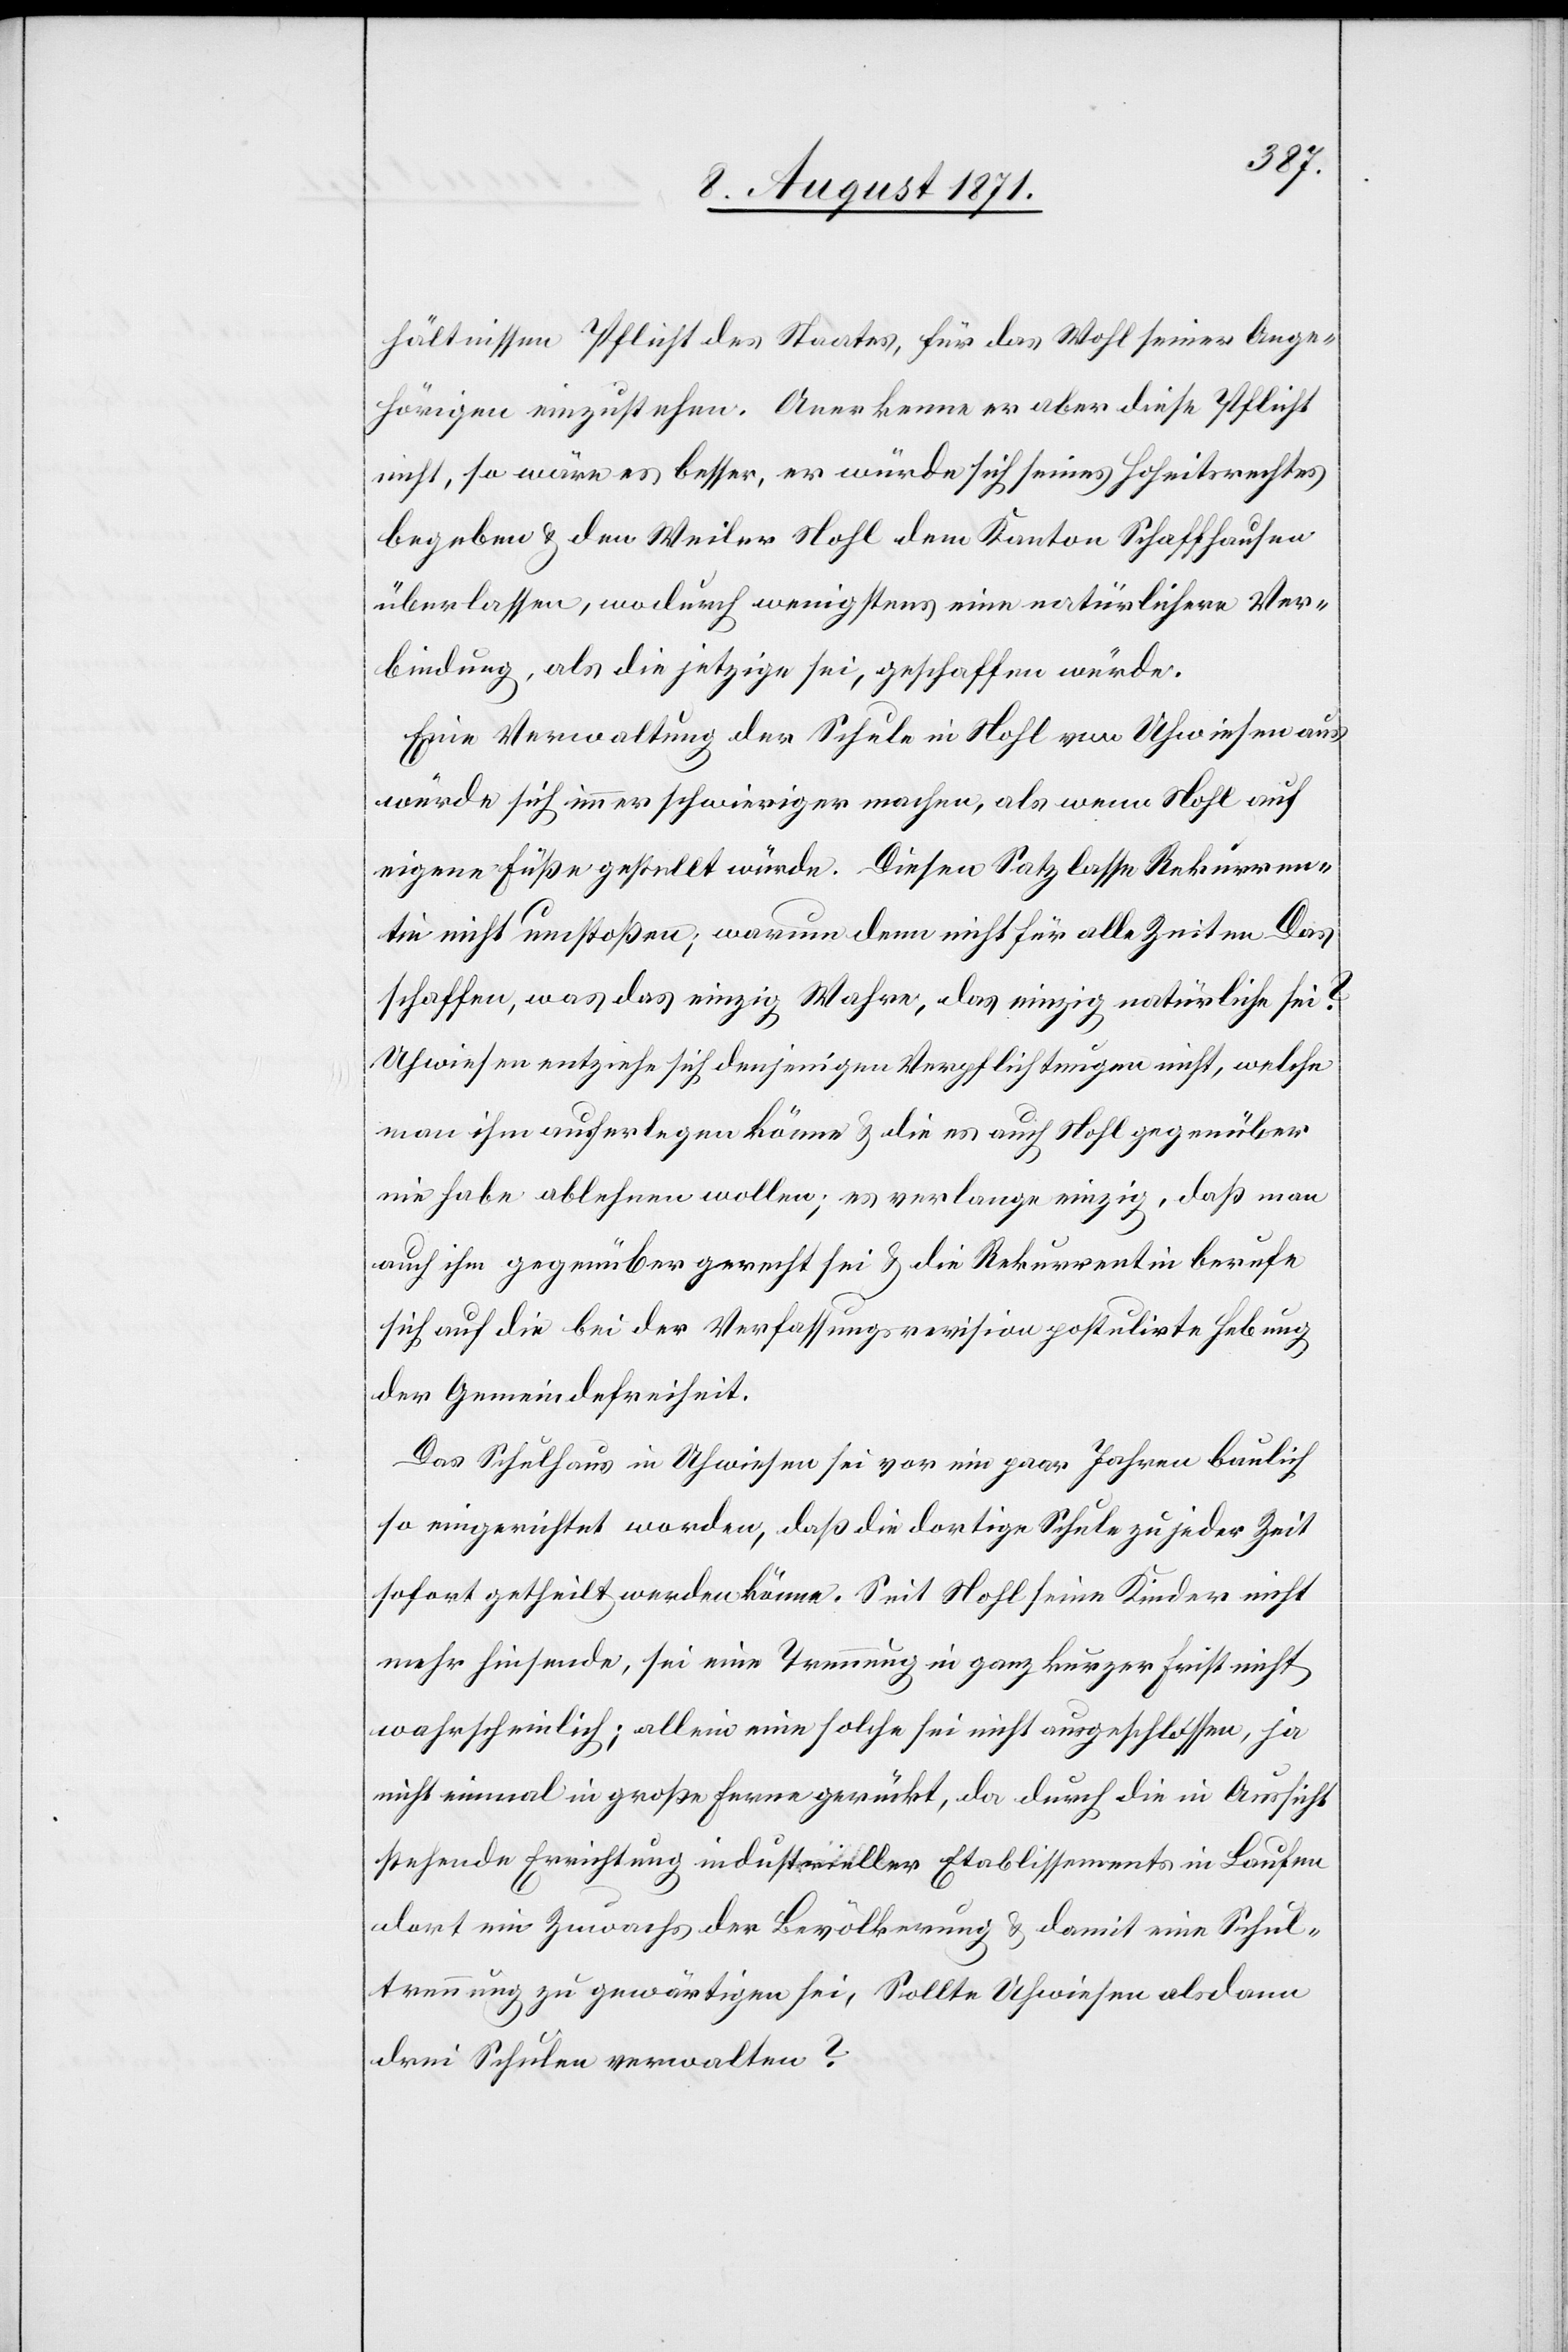
hältnissen Pflicht des Staates, für das Wohl seiner Ange¬
hörigen einzustehen. Anerkenne er aber diese Pflicht
nicht, so wäre es besser, er würde sich seines Hoheitsrechtes
begeben & den Weiler Nohl dem Kanton Schaffhausen
überlassen, wodurch wenigstens eine natürlichere Ver¬
bindung, als die jetzige sei, geschaffen würde.
Eine Verwaltung der Schule in Nohl von Uhwiesen aus
würde sich immer schwieriger machen, als wenn Nohl auf
eigene Füße gestellt würde. Diesen Satz lasse Rekurren¬
tin nicht umstoßen; warum denn nicht für alle Zeiten Das
schaffen, was das einzig Wahre, das einzig natürliche sei?
Uhwiesen entziehe sich denjenigen Verpflichtungen nicht, welche
man ihm auferlegen könne & die es auch Nohl gegenüber
nie habe ablehnen wollen; es verlange einzig, daß man
auch ihm gegenüber gerecht sei & die Rekurrentin berufe
sich auf die bei der Verfassungsrevision postulirte Hebung
der Gemeindefreiheit.
Das Schulhaus in Uhwiesen sei vor ein paar Jahren baulich
so eingerichtet worden, daß die dortige Schule zu jeder Zeit
sofort getheilt werden könne. Seit Nohl seine Kinder nicht
mehr hinsende, sei eine Trennung in ganz kurzer Frist nicht
wahrscheinlich; allein eine solche sei nicht ausgeschlossen, ja
nicht einmal in große Ferne gerückt, da durch die in Aussicht
stehende Einrichtung industrieller Etablissements in Laufen
dort ein Zuwachs der Bevölkerung & damit eine Schul¬
trennung zu gewärtigen sei. Sollte Uhwiesen alsdann
drei Schulen verwalten?